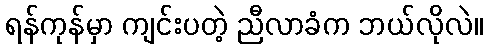
ရန်ကုန်မှာ ကျင်းပတဲ့ ညီလာခံက ဘယ်လိုလဲ။